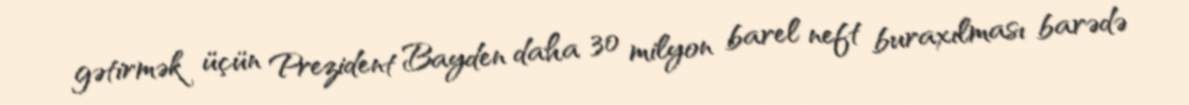
gətirmək üçün Prezident Bayden daha 30 milyon barel neft buraxılması barədə